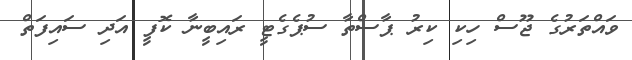
ވައްތަރުގެ ޖޫސް ހިކި ކިރު ޕާސްތާ ސުޕެގެޓީ ރައިބީނާ ކޮފީ އަދި ސައިފަތް